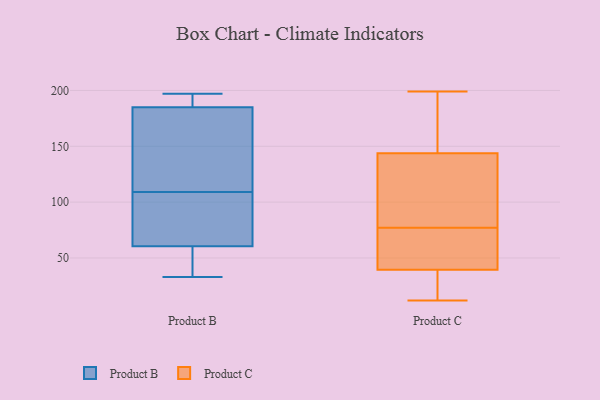
{"axis": {"x": "Population (Million)", "y": "Value"}, "legend": ["Product B", "Product C"], "data": [{"x": "", "y": 186, "type": "Product B"}, {"x": "", "y": 80, "type": "Product B"}, {"x": "", "y": 189, "type": "Product B"}, {"x": "", "y": 182, "type": "Product B"}, {"x": "", "y": 54, "type": "Product B"}, {"x": "", "y": 197, "type": "Product B"}, {"x": "", "y": 133, "type": "Product B"}, {"x": "", "y": 109, "type": "Product B"}, {"x": "", "y": 33, "type": "Product B"}, {"x": "", "y": 96, "type": "Product B"}, {"x": "", "y": 53, "type": "Product B"}, {"x": "", "y": 106, "type": "Product C"}, {"x": "", "y": 77, "type": "Product C"}, {"x": "", "y": 60, "type": "Product C"}, {"x": "", "y": 65, "type": "Product C"}, {"x": "", "y": 36, "type": "Product C"}, {"x": "", "y": 24, "type": "Product C"}, {"x": "", "y": 137, "type": "Product C"}, {"x": "", "y": 97, "type": "Product C"}, {"x": "", "y": 12, "type": "Product C"}, {"x": "", "y": 178, "type": "Product C"}, {"x": "", "y": 124, "type": "Product C"}, {"x": "", "y": 171, "type": "Product C"}, {"x": "", "y": 30, "type": "Product C"}, {"x": "", "y": 146, "type": "Product C"}, {"x": "", "y": 15, "type": "Product C"}, {"x": "", "y": 54, "type": "Product C"}, {"x": "", "y": 166, "type": "Product C"}, {"x": "", "y": 50, "type": "Product C"}, {"x": "", "y": 199, "type": "Product C"}]}